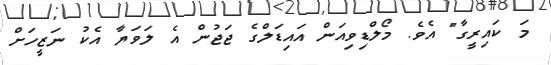
މަ ކައިރީގާ" އެވެ. މޯލްޑިވިއަން އައިޑަލްގެ ޖަޖުން އެ ލަވަޔާ އެކު ނަޒީހަށް